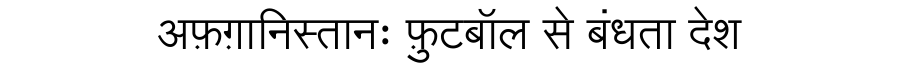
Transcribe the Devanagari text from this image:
अफ़ग़ानिस्तानः फ़ुटबॉल से बंधता देश